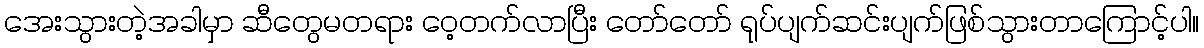
အေးသွားတဲ့အခါမှာ ဆီတွေမတရား ဝေ့တက်လာပြီး တော်တော် ရုပ်ပျက်ဆင်းပျက်ဖြစ်သွားတာကြောင့်ပါ။